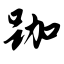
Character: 跏